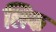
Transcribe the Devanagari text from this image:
लिफ